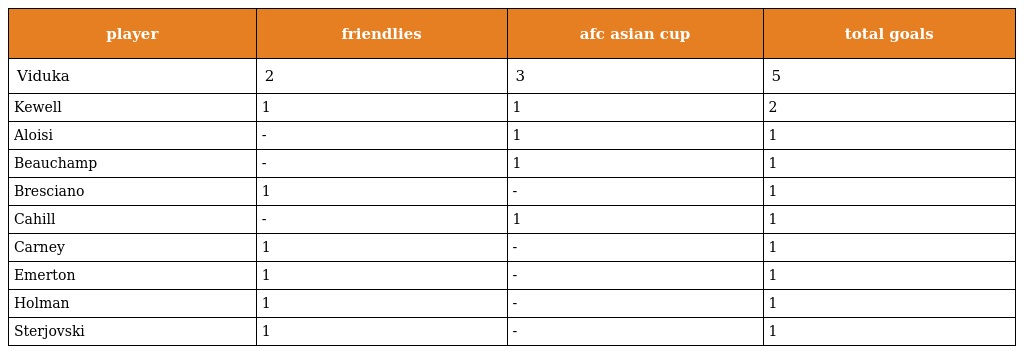
| player | friendlies | afc asian cup | total goals |
 | --- | --- | --- | --- |
 | Viduka | 2 | 3 | 5 |
 | Kewell | 1 | 1 | 2 |
 | Aloisi | - | 1 | 1 |
 | Beauchamp | - | 1 | 1 |
 | Bresciano | 1 | - | 1 |
 | Cahill | - | 1 | 1 |
 | Carney | 1 | - | 1 |
 | Emerton | 1 | - | 1 |
 | Holman | 1 | - | 1 |
 | Sterjovski | 1 | - | 1 |